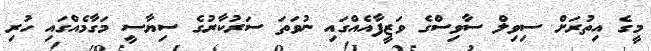
މީގެ އިތުރަށް ސިވިލް ސާވިސްގެ ވަޒީފާއެއްގައި ނުވަތަ ސަރުކާރުގެ ސިޔާސީ މަގާމެއްގައި ހުރި